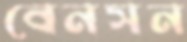
বেনসন